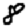
Digit: 8